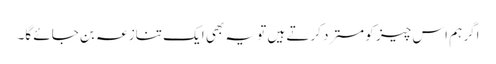
اگر ہم اس چیز کو مسترد کرتے ہیں تو یہ بھی ایک تنازعہ بن جائے گا۔